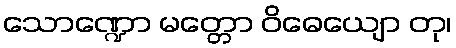
သောဏ္ဍော မတ္တော ဝိဓေယျော တု၊